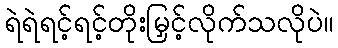
ရဲရဲရင့်ရင့်တိုးမြှင့်လိုက်သလိုပဲ။